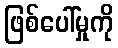
ဖြစ်ပေါ်မှုကို